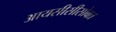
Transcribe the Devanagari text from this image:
आयसीसीसोबत